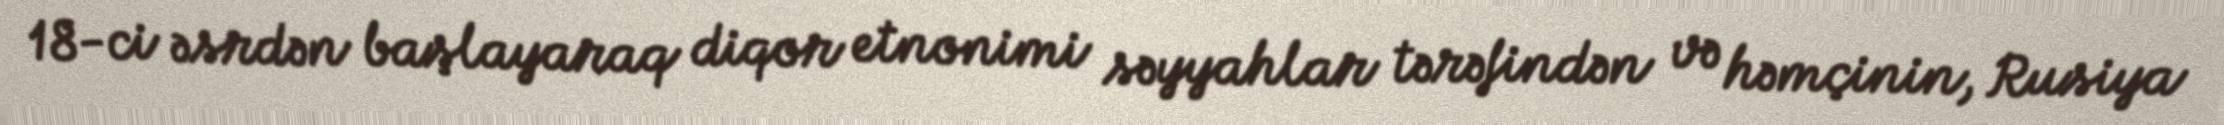
18-ci əsrdən başlayaraq diqor etnonimi səyyahlar tərəfindən və həmçinin, Rusiya